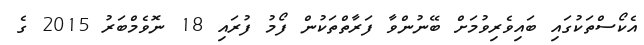
އެކޯސްތަކުގައި ބައިވެރިވުމަށް ބޭނުންވާ ފަރާތްތަކުން ފޯމު ފުރައި 18 ނޮވެމްބަރު 2015 ގެ